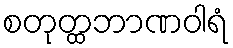
စတုတ္ထဘာဏဝါရံ